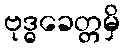
ဗုဒ္ဓခေတ္တမှိ